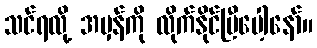
သင်ရလို့ အမှန်ကို လိုက်နိုင်ပြီပေါ့နော်။